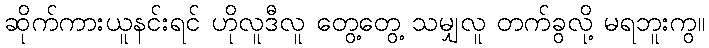
ဆိုက်ကားယူနင်းရင် ဟိုလူဒီလူ တွေ့တွေ့ သမျှလူ တက်ခွလို့ မရဘူးကွ။